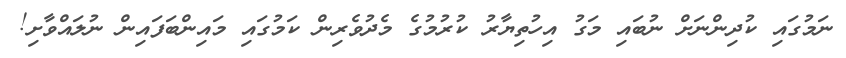
ނަމުގައި ކުދިންނަށް ނުބައި މަގު އިހުތިޔާރު ކުރުމުގެ މެދުވެރިން ކަމުގައި މައިންބަފައިން ނުލައްވާށި!